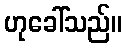
ဟုခေါ်သည်။